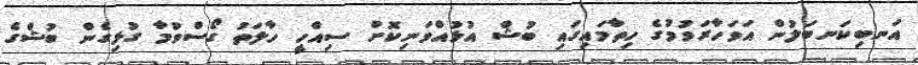
އަނބިކަނބަލުން އަވަހާރަވުމުގެ ހިތާމައިގައި ބުޝް އުޅުއްވަނިކޮށް ސިއްހީ ހާލަތު ގޯސްވުމާ ގުޅިގެން ބުޝްގެ